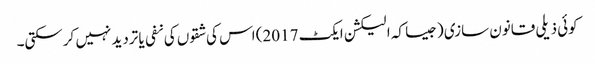
کوئی ذیلی قانون سازی (جیسا کہ الیکشن ایکٹ 2017) اس کی شقوں کی نفی یا تردید نہیں کرسکتی۔